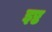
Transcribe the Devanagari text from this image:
इष्ठ